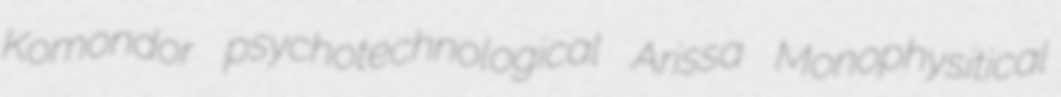
Komondor psychotechnological Arissa Monophysitical